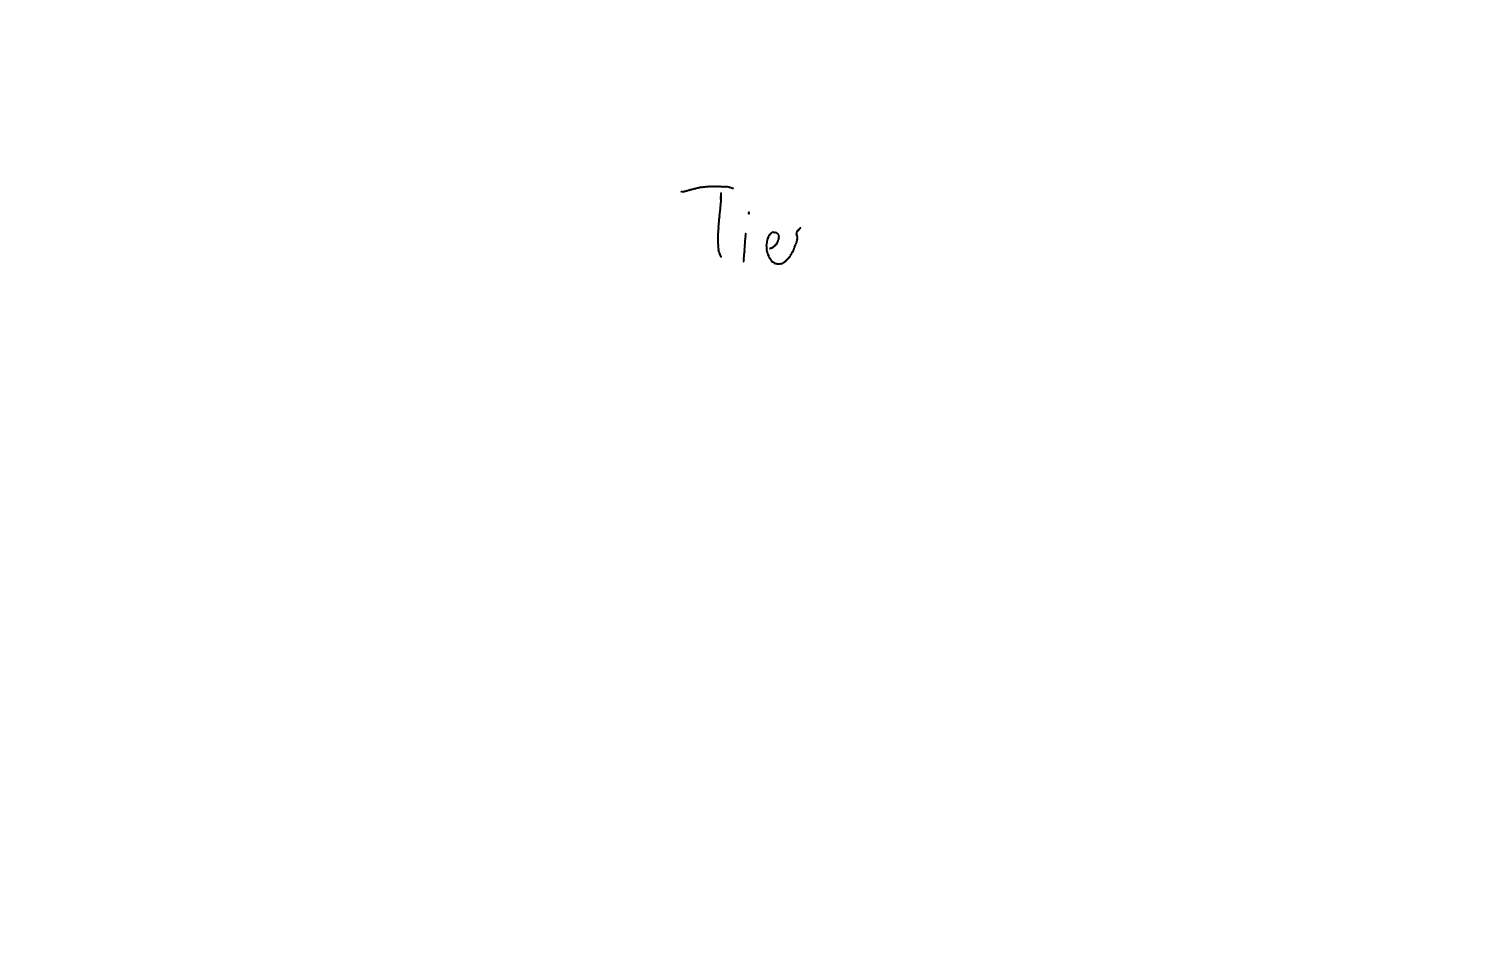
Text: Tier